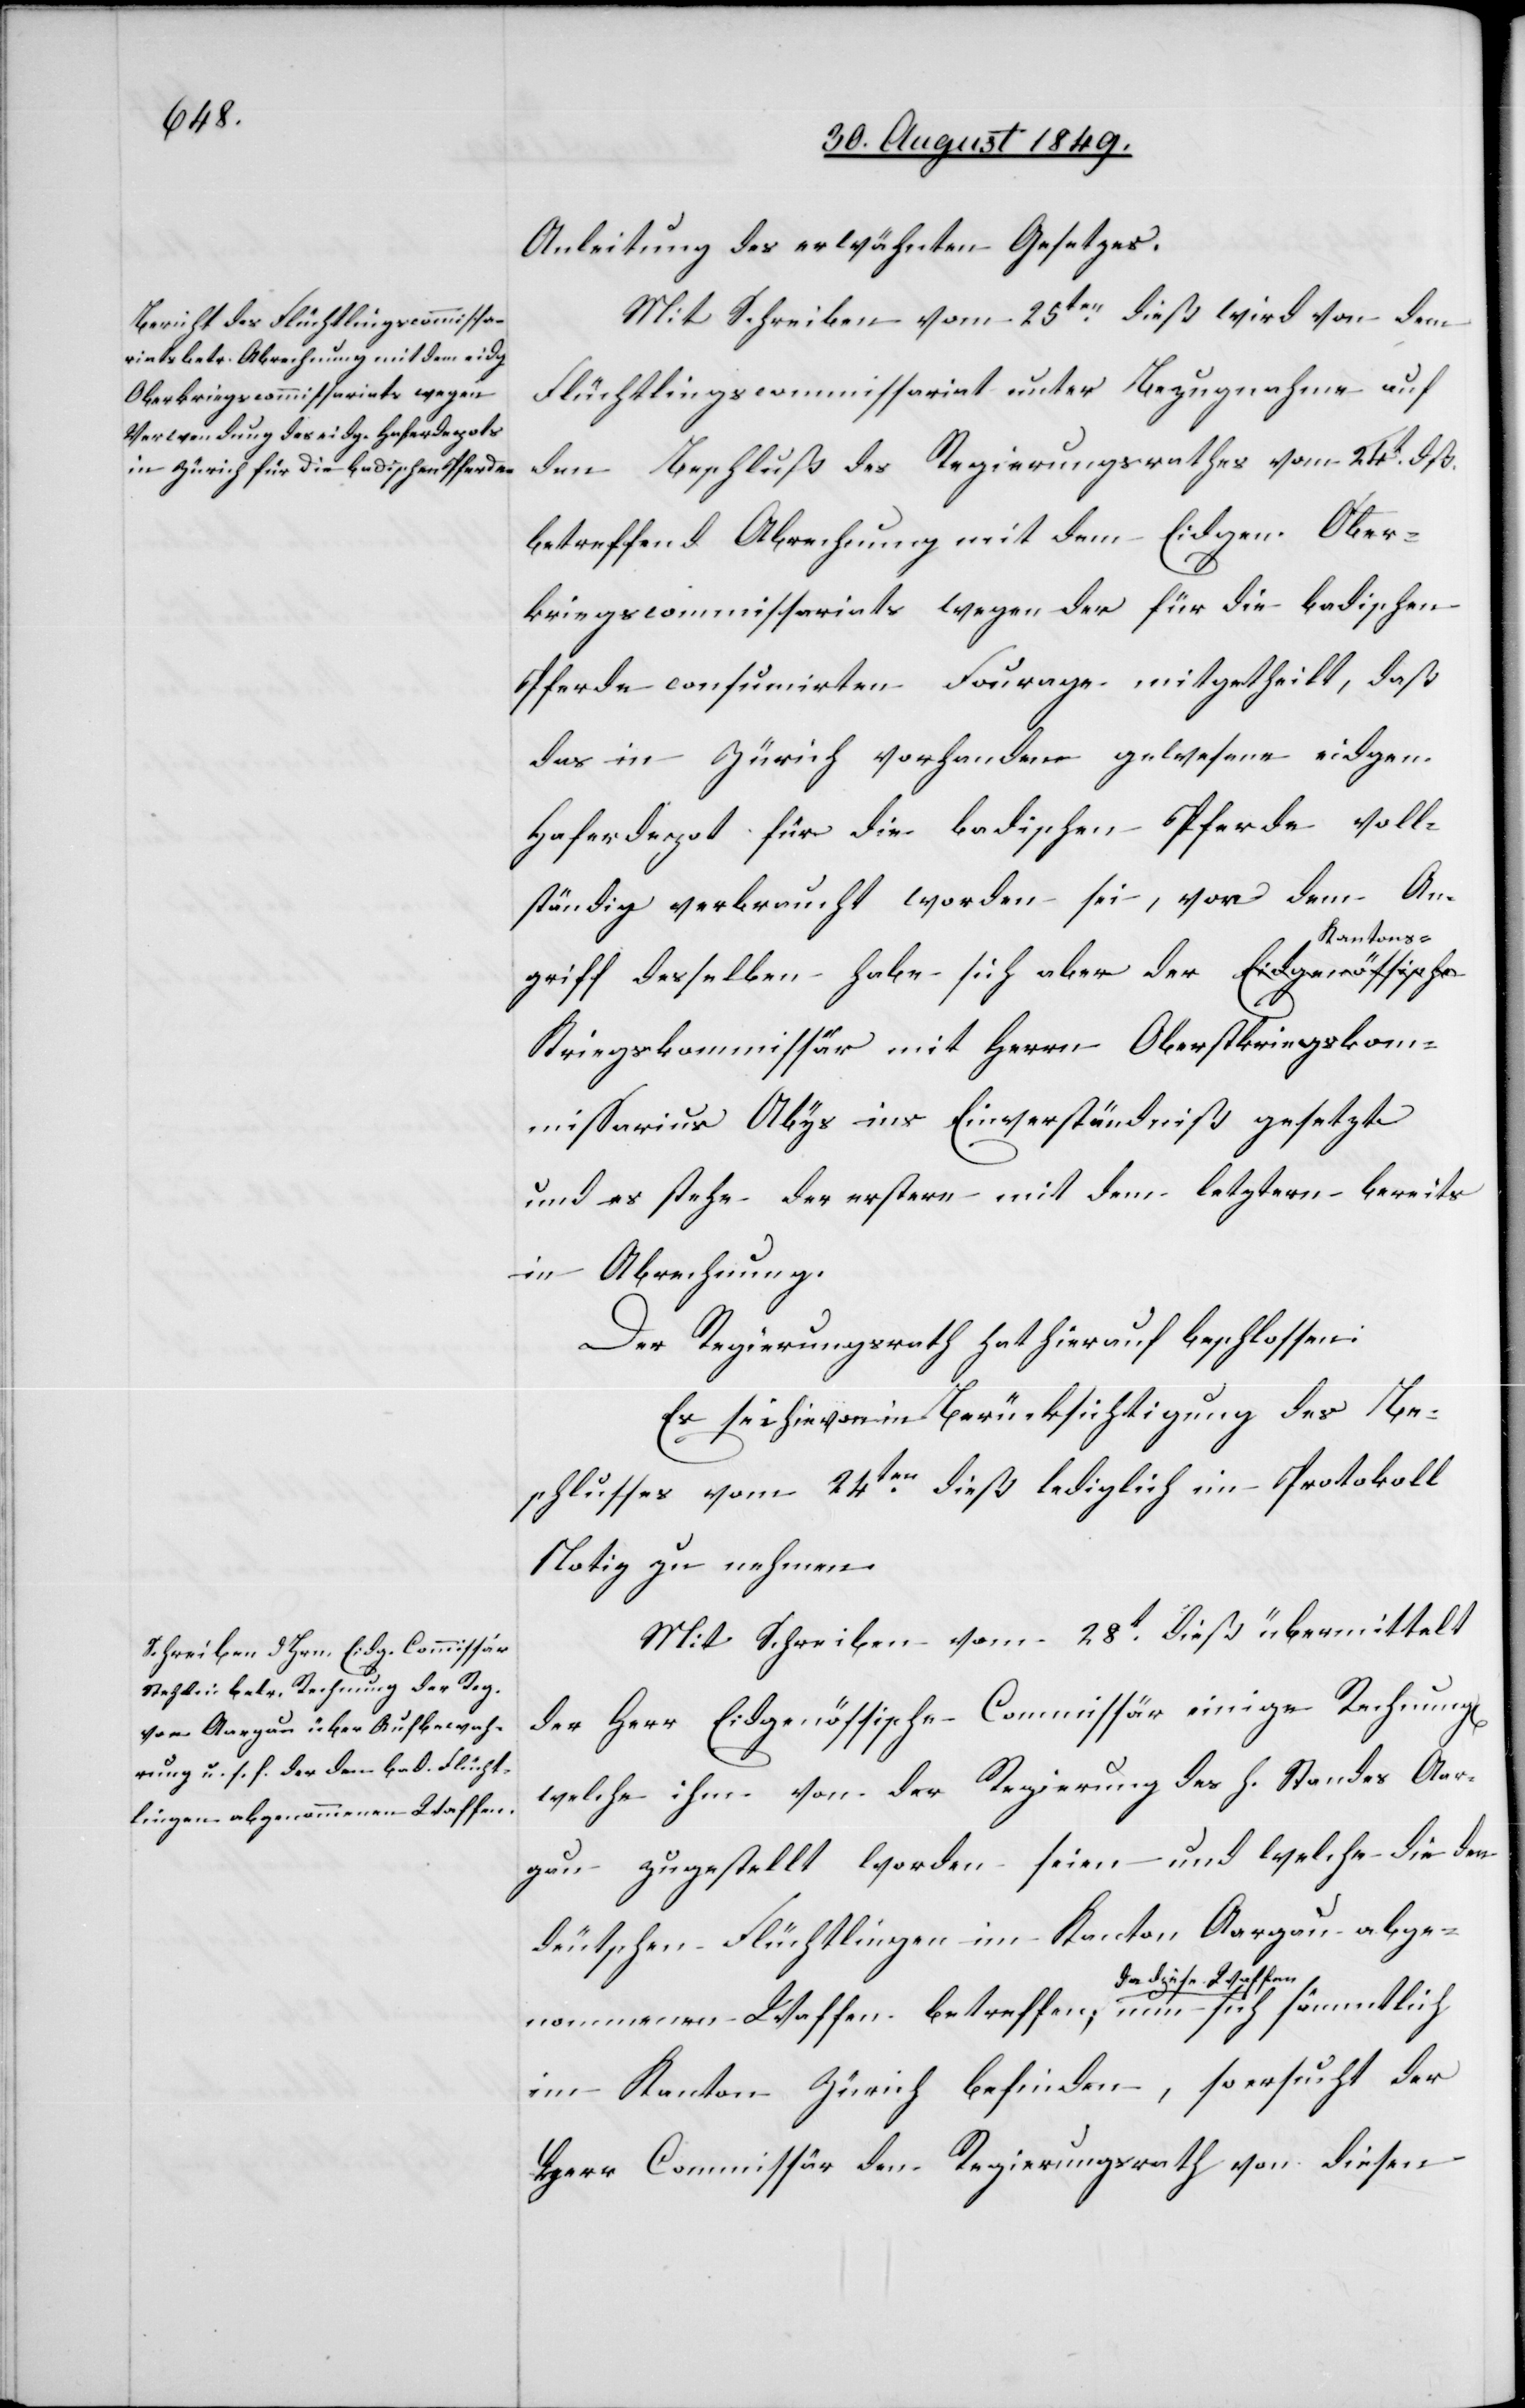
Anleitung des erwähnten Gesetzes.
Mit Schreiben vom 25ten dieß wird von dem
Flüchtlingscommissariat unter Bezugnahme auf
den Beschluß des Regierungsrathes vom 24t dß.
betreffend Abrechnung mit dem Eidgen. Ober¬
kriegscommissariats wegen der für die badischen
Pferde consumirten Fourage mitgetheilt, daß
das in Zürich vorhanden gewesene eidgen.
Haferdepot für die badischen Pferde voll¬
ständig verbraucht worden sei, von dem An¬
griff desselben habe sich aber der Kantons-K¬
riegscommissär mit Herrn Oberstkriegskom¬
missarius Abys ins Einverständniß gesetzt
und es stehe der erstere mit dem letztern bereits
in Abrechnung.
Der Regierungsrath hat hierauf beschlossen:
Es sei hievon in Berücksichtigung des Be¬
schlusses vom 24ten dieß lediglich im Protokoll
Notiz zu nehmen.
Mit Schreiben vom 28t dieß übermittelt
der Herr Eidgenössische Commissär einige Rechnung[en]
welche ihm von der Regierung des h. Standes Aar¬
gau zugestellt worden seien – und welche die den
deutschen Flüchtlingen im Kanton Aargau abge¬
nommenen Waffen betreffen; a-da diese Waffen-a
im Kanton Zürich befinden, so ersucht der
Herr Commissär den Regierungsrath von diesen